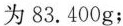
为83.400g；